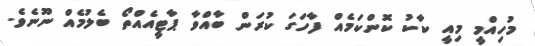
މުހިއްމީ މިއީ ކާކު ކޮންކަމެއް ފާހަގަ ކުރަން ބާއްވާ ޕާޓީއެއްތޯ ބެލުމެއް ނޫނެވެ.